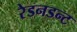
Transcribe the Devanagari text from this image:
रेडनडन्ट